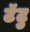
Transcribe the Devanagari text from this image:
टॅटु